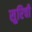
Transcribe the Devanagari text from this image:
सुरिची